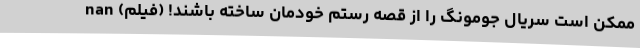
ممکن است سریال جومونگ را از قصه رستم خودمان ساخته باشند! (فیلم) nan